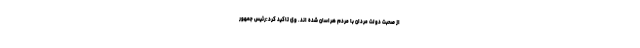
از صحبت دولت مردان با مردم هراسان شده اند. وی تاکید کرد:رئیس جمهور